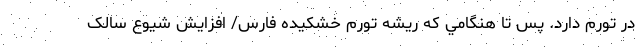
در تورم دارد. پس تا هنگامي كه ريشه تورم خشکیده فارس/ افزایش شیوع سالک